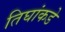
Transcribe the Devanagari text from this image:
तिघांकडे